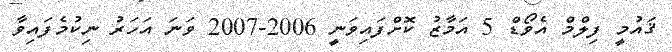
ޤައުމީ ފިލްމް އެވޯޑް 5 އަމާޒު ކޮށްފައިވަނީ 2006-2007 ވަނަ އަހަރު ނިކުމެފައިވާ